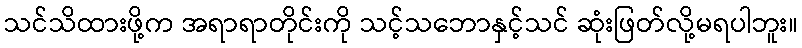
သင်သိထားဖို့က အရာရာတိုင်းကို သင့်သဘောနှင့်သင် ဆုံးဖြတ်လို့မရပါဘူး။